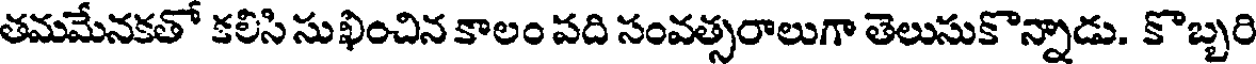
తమమేనకతో కలిసి సుఖించిన కాలం పది సంవత్సరాలుగా తెలుసుకొన్నాడు. కొబ్బరి